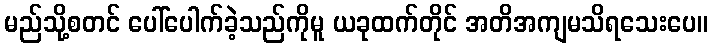
မည်သို့စတင် ပေါ်ပေါက်ခဲ့သည်ကိုမူ ယခုထက်တိုင် အတိအကျမသိရသေးပေ။